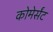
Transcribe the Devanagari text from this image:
कोमेर्संट